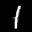
Label: 1